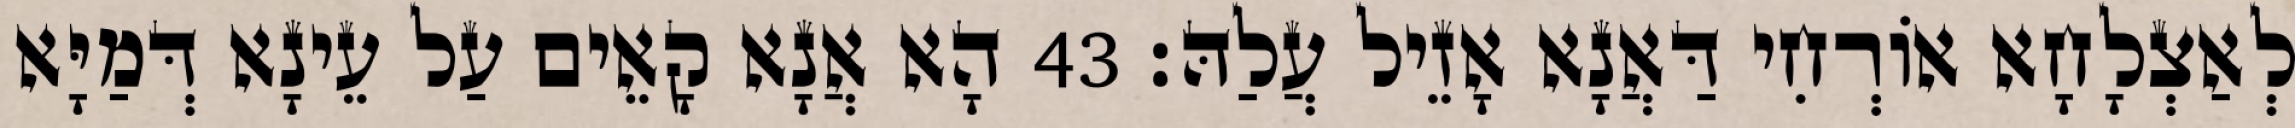
לְאַצְלָחָא אוֹרְחִי דַּאֲנָא אָזֵיל עֲלַהּ׃ 43 הָא אֲנָא קָאֵים עַל עֵינָא דְּמַיָּא